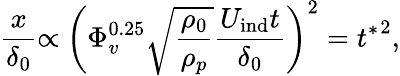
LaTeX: \frac{x}{\delta_{0}}{\displaystyle\propto}~\left(\Phi_{v}^{0.25}\sqrt{\frac{\rho_{0}}{\rho_{p}}}\frac{U_{\mathrm{ind}}t}{\delta_{0}}\right)^{2}={t^{*}}^{2},